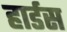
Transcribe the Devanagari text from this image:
हार्डस